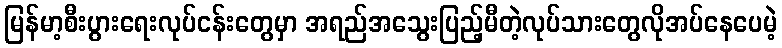
မြန်မာ့စီးပွားရေးလုပ်ငန်းတွေမှာ အရည်အသွေးပြည့်မီတဲ့လုပ်သားတွေလိုအပ်နေပေမဲ့